Statistics compiled by the Government of India from the reports of provincial Civil Veterinary Departments
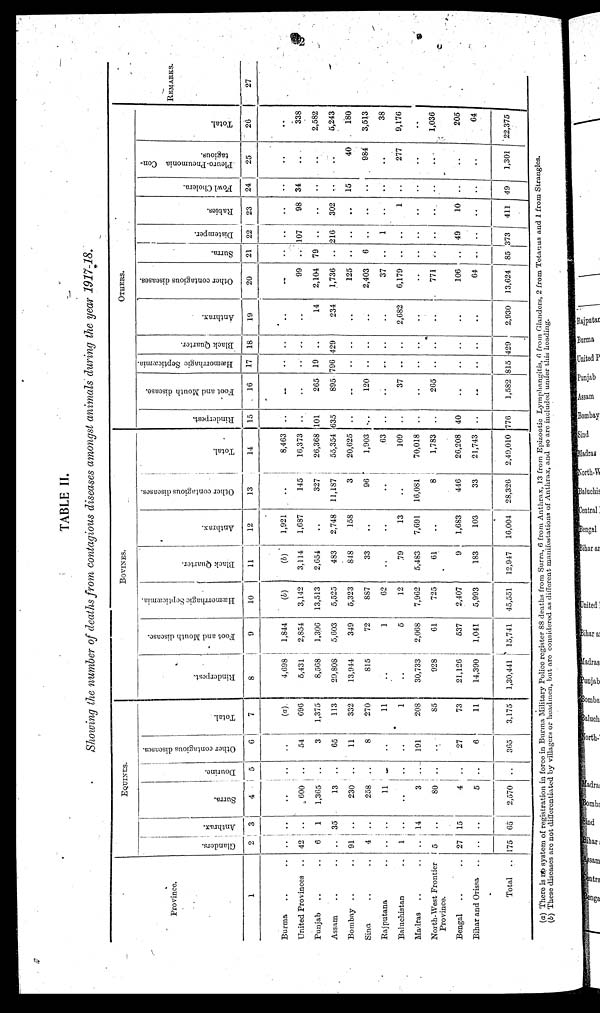
2
TABLE II.
Showing the number of deaths from contagious diseases amongst animals during the year 1917-18.
Province.
1
Burma .. ..
United Provinces ..
Punjab ..
Assam .. ..
Bombay .. ..
Sina .. ..
Rajputana ..
Baluchistan ..
Madras .. ..
North-West Frontier
Province.
Bengal .. ..
Bihar and Orissa ..
Total
..
EQUINES.
Glanders.
2
..
42
6
..
91
4
..
1
..
5
27
..
175
Anthrax.
3
..
..
1
35
..
..
..
..
14
..
15
..
65
Surra.
4
..
600
1,365
13
230
258
11
..
3
80
4
5
2,570
Dourine.
5
..
..
..
..
..
..
..
..
..
..
..
..
..
Other contagious diseases.
6
..
54
3
65
11
8
..
..
191
..
27
6
365
Total.
7
(a)
696
1,375
113
332
270
11
1
208
85
73
11
3,175
BOVINES.
Rinderpest.
8
4,698
5,431
8,568
29,808
13,944
815
..
..
30,733
928
21,126
14,390
1,30,441
Foot and Mouth disease.
9
1,844
2,854
1,306
5,603
349
72
1
5
2,068
61
537
1,041
15,741
Hæmorrhagie Septicæmia.
10
(b)
3,142
13,513
5,525
5,323
887
62
12
7,962
725
2,407
5,993
45,551
Black Quarter.
11
(b)
3,114
2,654
483
848
33
..
79
5,483
61
9
183
12,947
Anthrax.
12
1,921
1,687
..
2,748
158
..
..
13
7,691
..
1,683
103
16,004
Other contagious diseases.
13
..
145
327
11,187
3
96
..
..
16,081
8
446
33
28,326
Total.
14
8,463
16,373
26,368
55,354
20,625
1,903
63
109
70,018
1,783
26,208
21,743
2,49,010
OTHERS.
Rinderpest.
15
..
..
101
635
..
..
..
..
..
40
..
776
Foot and Mouth disease.
16
..
..
265
895
..
120
..
37
..
265
..
..
1,582
Hæmorrhagic Septicæmia.
17
..
..
19
796
..
..
..
..
..
..
..
..
815
Black Quarter.
18
..
..
..
429
..
..
..
..
..
..
..
..
129
Anthrax.
19
..
..
14
234
..
..
..
2,682
..
..
..
..
2,930
Other contagious diseases.
20
..
99
2,104
1,736
125
2,403
37
6,179
..
771
106
64
13,624
Surra.
21
..
79
..
6
..
..
..
..
..
..
85
Distemper.
22
..
107
..
216
..
..
1
..
..
..
49
..
373
Rabies.
23
..
98
..
302
..
..
..
1
..
..
10
..
411
Fowl Cholera.
24
..
34
..
..
15
..
..
..
..
..
..
..
49
Pleuro-Pneumonia Con-
tagious.
25
..
..
..
..
40
984
..
277
..
..
..
..
1,301
Total.
26
..
338
2,582
5,243
180
3,513
38
9,176
..
1,036
205
64
22,375
REMARKS.
27
(a) There is no system of registration in force in Burma Military Police register 88 deaths from Surra, 6 from Anthrax, 13 from Epizootic Lymphangitis, 6 from Glanders, 2 from Totanus and 1 from Strangles.
(b) These diseases are not differentiated by villagers or headmen, but are considered as different manifestations of Anthrax, and so are included under this heading.